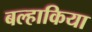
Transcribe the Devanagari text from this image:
बल्हाकिया